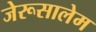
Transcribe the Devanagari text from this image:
जेरूसालेम